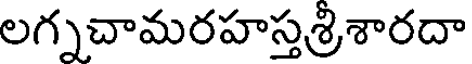
లగ్నచామరహస్తశ్రిశారదా